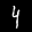
Label: 4